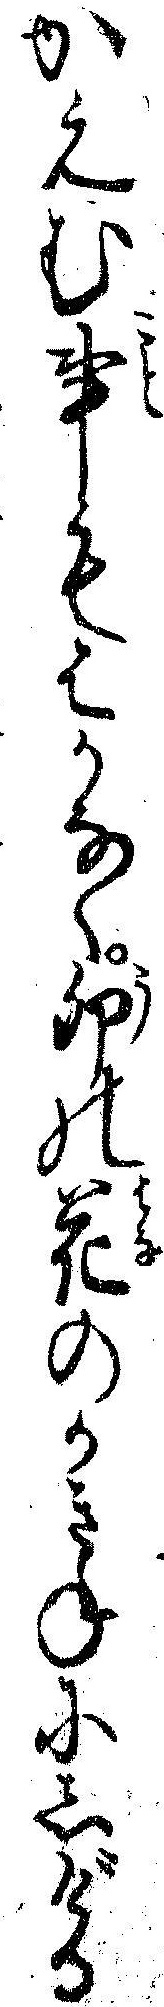
かえむ事もはかなく卯の花のかきねにしげる